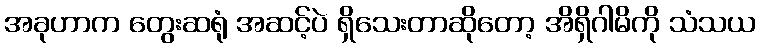
အခုဟာက တွေးဆရုံ အဆင့်ပဲ ရှိသေးတာဆိုတော့ အိရှိဂါမိကို သံသယ